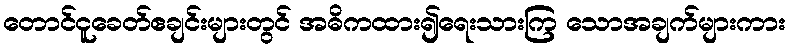
တောင်ငူခေတ်ဧချင်းများတွင် အဓိကထား၍ရေးသားကြ သောအချက်များကား